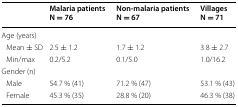
<table><thead><tr><td></td><td><b>Malaria patientsN = 76</b></td><td><b>Non-malaria patientsN = 67</b></td><td><b>VillagesN = 71</b></td></tr></thead><tbody><tr><td colspan="4">Age (years)</td></tr><tr><td> Mean ± SD</td><td>2.5 ± 1.2</td><td>1.7 ± 1.2</td><td>3.8 ± 2.7</td></tr><tr><td> Min/max</td><td>0.2/5.2</td><td>0.1/5.0</td><td>1.0/16.2</td></tr><tr><td colspan="4">Gender (n)</td></tr><tr><td> Male</td><td>54.7 % (41)</td><td>71.2 % (47)</td><td>53.1 % (43)</td></tr><tr><td> Female</td><td>45.3 % (35)</td><td>28.8 % (20)</td><td>46.3 % (38)</td></tr></tbody></table>